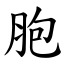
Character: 胞